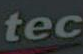
tec